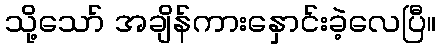
သို့သော် အချိန်ကားနှောင်းခဲ့လေပြီ။